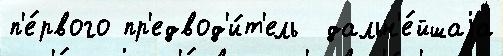
п'е́рвого пр'едвод'и́т'ель  дальн'е́йшаjа